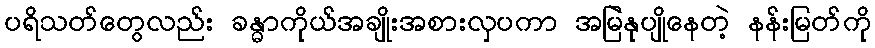
ပရိသတ်တွေလည်း ခန္ဓာကိုယ်အချိုးအစားလှပကာ အမြဲနုပျိုနေတဲ့ နန်းမြတ်ကို